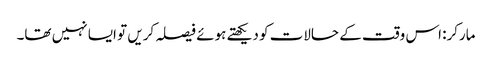
مارکر: اس وقت کے حالات کو دیکھتے ہوئے فیصلہ کریں تو ایسا نہیں تھا۔